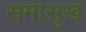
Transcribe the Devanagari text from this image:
समासुख